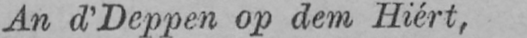
An d’Deppen op dem Hiért,